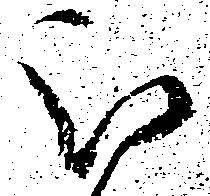
被